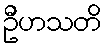
ဦဟသတိ